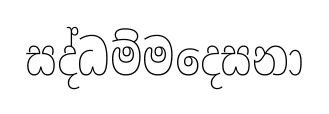
සද්ධම්මදෙසනා